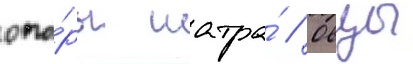
опо́ры шатра́ // Овцы